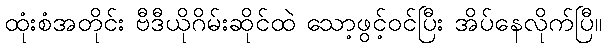
ထုံးစံအတိုင်း ဗီဒီယိုဂိမ်းဆိုင်ထဲ သော့ဖွင့်ဝင်ပြီး အိပ်နေလိုက်ပြီ။